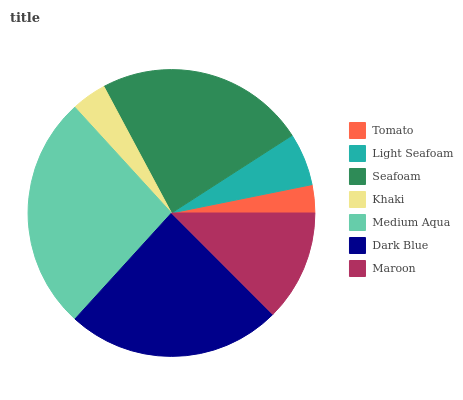
| Tomato | Light Seafoam | Seafoam | Khaki | Medium Aqua | Dark Blue | Maroon |
 | --- | --- | --- | --- | --- | --- | --- |
 | 3.17% | 5.94% | 23.7% | 3.98% | 26.4% | 24.2% | 12.5% |